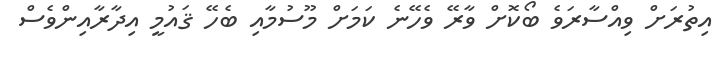
އިތުރަށް ވިއްސާރަވެ ބޯކޮށް ވާރޭ ވެހޭނެ ކަމަށް މޫސުމާއި ބެހޭ ޤައުމީ އިދާރާއިންވެސް